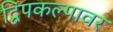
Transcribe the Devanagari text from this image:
द्विपकल्पावर